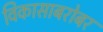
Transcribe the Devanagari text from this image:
विकासाबरोबर